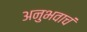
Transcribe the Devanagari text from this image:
अनुभवाचं